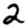
Digit: 2